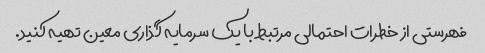
فهرستی از خطرات احتمالی مرتبط با یک سرمایه گذاری معین تهیه کنید.